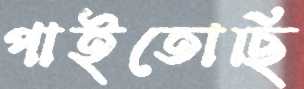
পাইতোছি